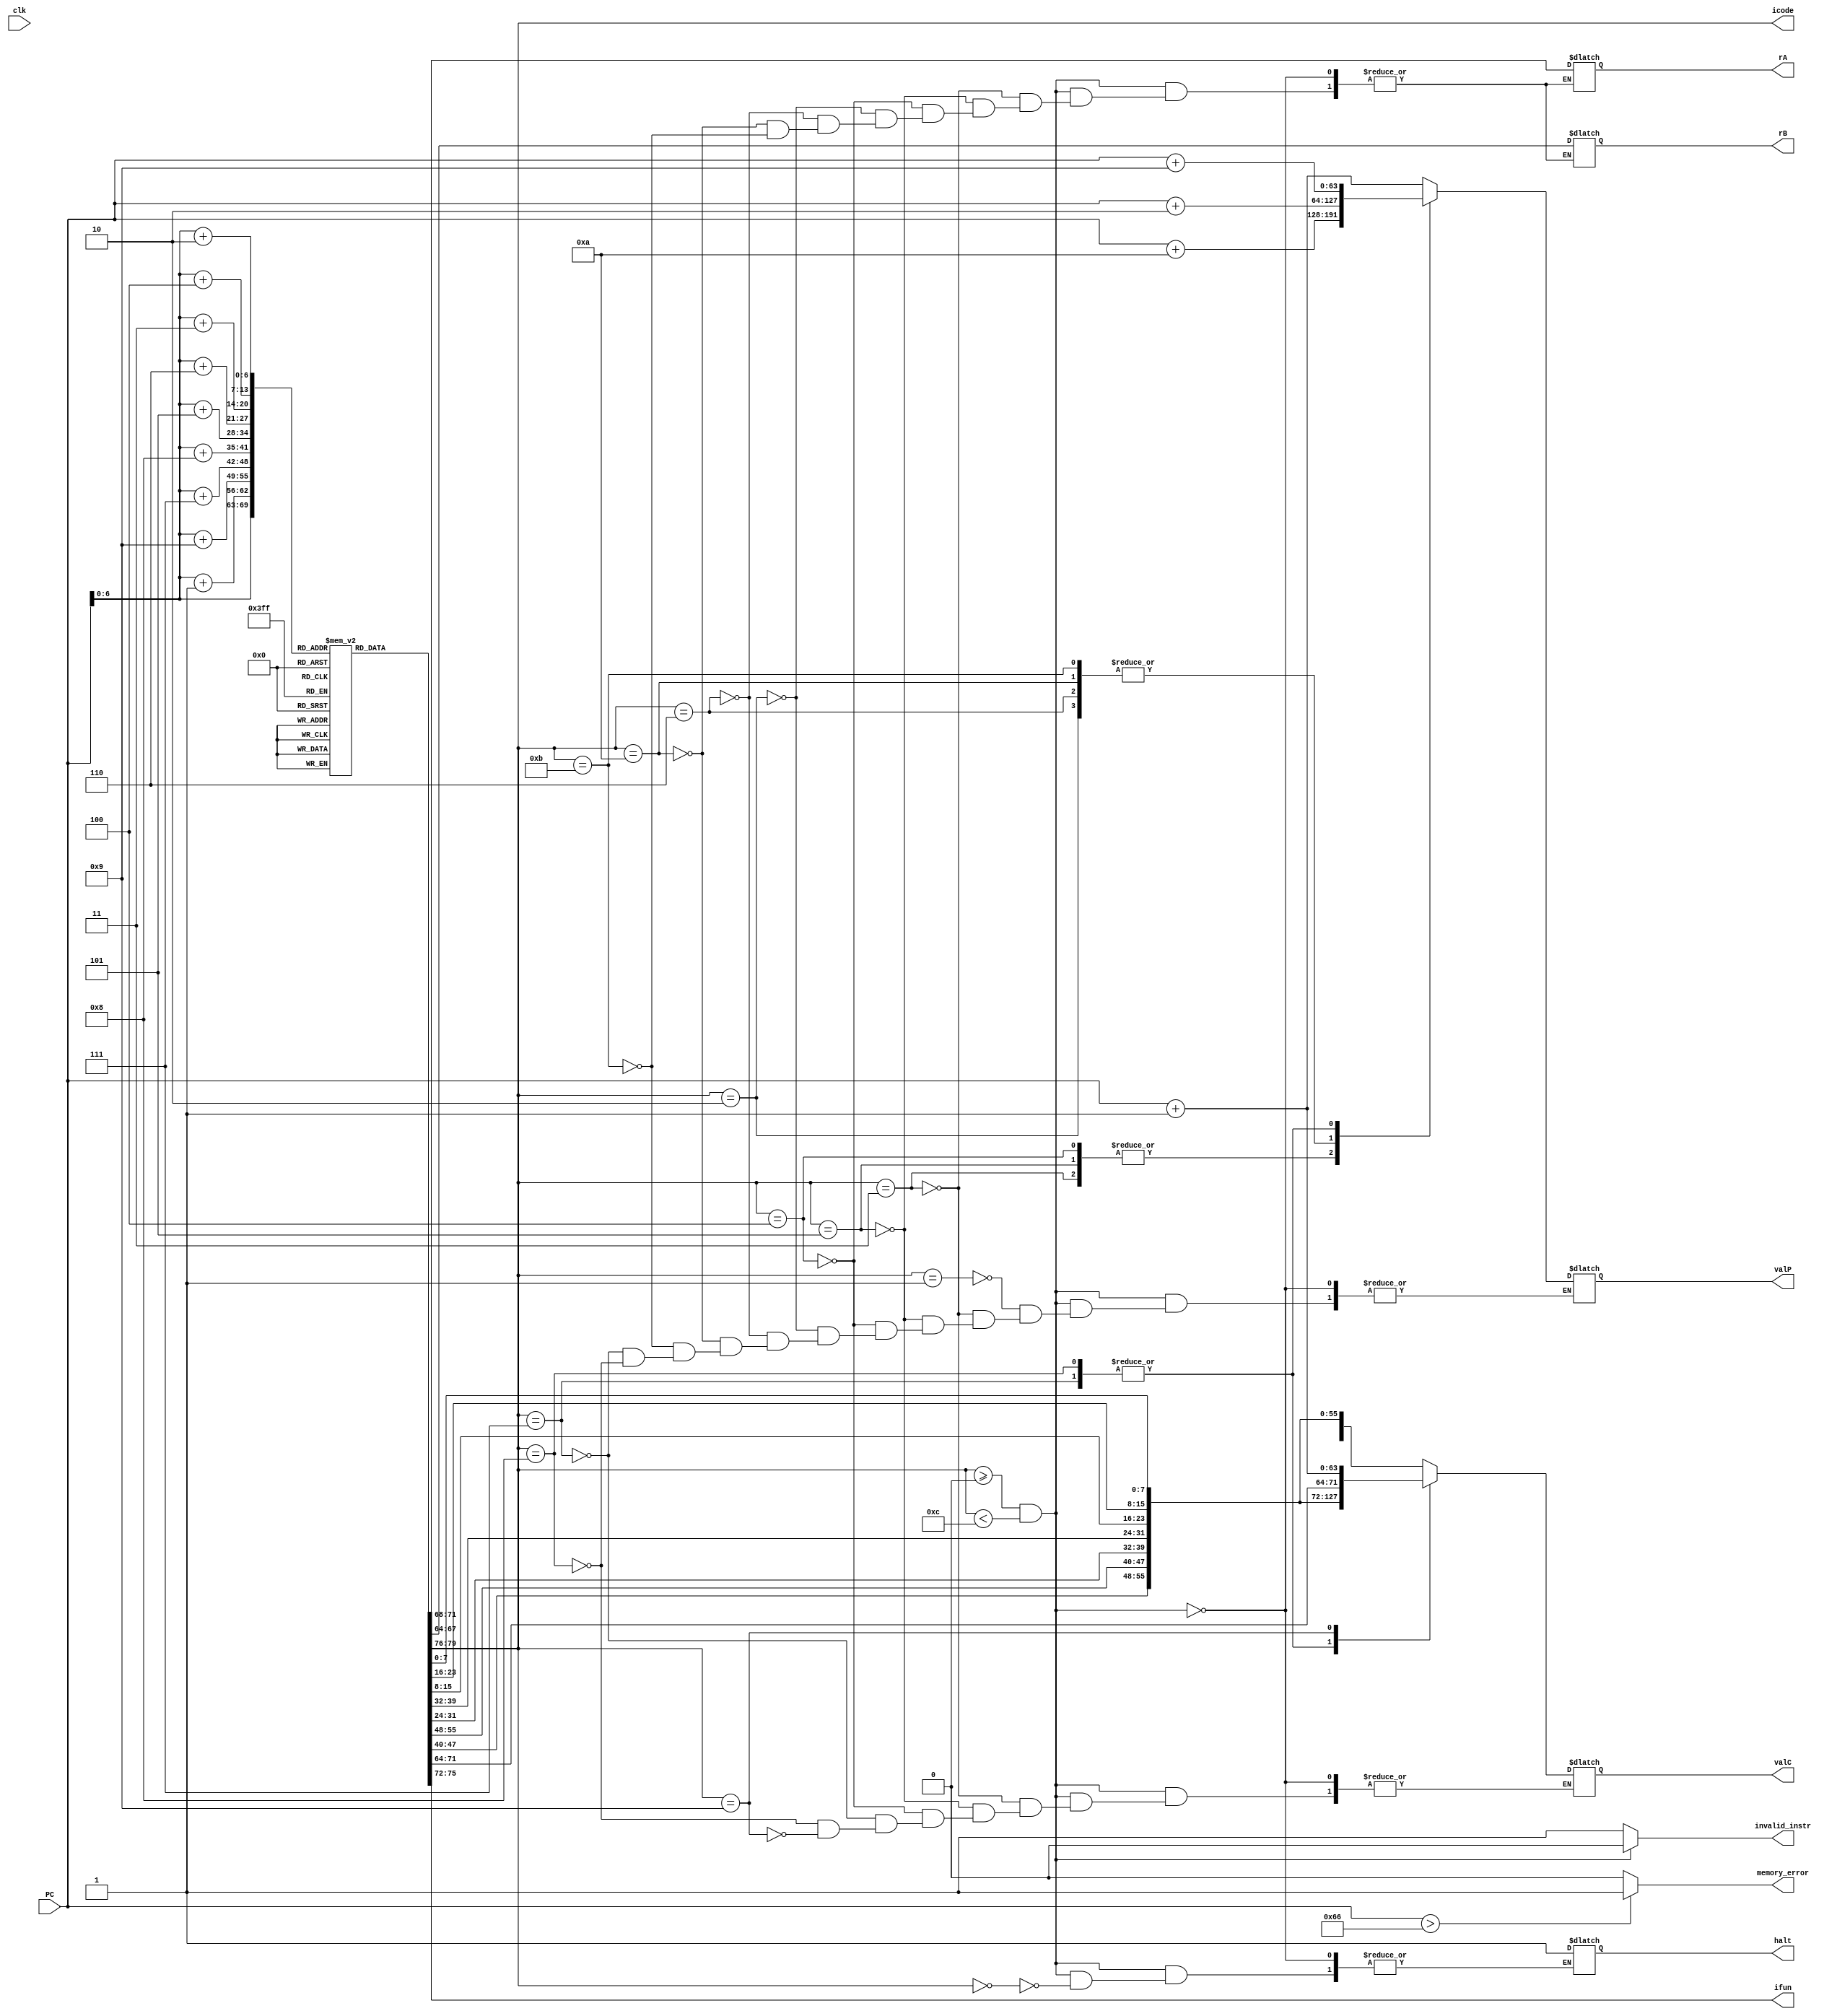
module fetch(clk, PC, icode, ifun, rA, rB, valC, valP,
             memory_error, halt, invalid_instr);

            input clk;
            input [63:0]PC ;
            reg [0:7] temp;

            output reg [3:0] icode, ifun, rA,rB;
            output reg [63:0] valC,valP;
            output reg halt,invalid_instr,memory_error;

            reg [7:0] inst_memo[0:127];


initial begin
    halt = 0;
    inst_memo[0]  = 8'b00010000; // nop instruction PC = PC +1 = 1
    inst_memo[1]  = 8'b01100000; // Opq add
    inst_memo[2]  = 8'b00100001; // rA = 0, rB = 1; PC = PC + 2 = 3

    inst_memo[3]  = 8'b00110000; // irmovq instruction PC = PC + 10 = 13
    inst_memo[4]  = 8'b11110010; // F, rB = 2;
    inst_memo[5]  = 8'b00000101; // 1st byte of V = 5, rest all bytes will be zero
    inst_memo[6]  = 8'b00000000; // 2nd byte
    inst_memo[7]  = 8'b00000000; // 3rd byte
    inst_memo[8]  = 8'b00000000; // 4th byte
    inst_memo[9]  = 8'b00000000; // 5th byte
    inst_memo[10] = 8'b00000000; // 6th byte
    inst_memo[11] = 8'b00000000; // 7th byte
    inst_memo[12] = 8'b00000000; // 8th byte (This completes irmovq)

    inst_memo[13] = 8'b00110000; // mrmovq instruction PC = PC + 10 = 23
    inst_memo[14] = 8'b11110011; // F, rB = 3;
    inst_memo[15] = 8'b00000101; // 1st byte of V = 5, rest all bytes will be zero
    inst_memo[16] = 8'b00000000; // 2nd byte
    inst_memo[17] = 8'b00000000; // 3rd byte
    inst_memo[18] = 8'b00000000; // 4th byte
    inst_memo[19] = 8'b00000000; // 5th byte
    inst_memo[20] = 8'b00000000; // 6th byte
    inst_memo[21] = 8'b00000000; // 7th byte
    inst_memo[22] = 8'b00000000; // 8th byte (This completes irmovq)

    inst_memo[23] = 8'b00110000; // irmovq instruction PC = PC + 10 = 33
    inst_memo[24] = 8'b11111100; // F, rB = 12;
    inst_memo[25] = 8'b00000101; // 1st byte of V = 5, rest all bytes will be zero
    inst_memo[26] = 8'b00000000; // 2nd byte
    inst_memo[27] = 8'b00000000; // 3rd byte
    inst_memo[28] = 8'b00000000; // 4th byte
    inst_memo[29] = 8'b00000000; // 5th byte
    inst_memo[30] = 8'b00000000; // 6th byte
    inst_memo[31] = 8'b00000000; // 7th byte
    inst_memo[32] = 8'b00000000; // 8th byte (This completes irmovq)

    inst_memo[33] = 8'b01100000; // Opq add // PC = PC + 2 = 37
    inst_memo[34] = 8'b00111100; // rA = 3 and rB = 12, final value in rB(4) = 10;

  

    inst_memo[37] = 8'b00100000; // rrmovq // PC = PC + 2 = 35
    inst_memo[38] = 8'b11000110; // rA = 12; rB = 5; 

    inst_memo[35] = 8'b00100101; // cmovge // PC = PC + 2 = 39
    inst_memo[36] = 8'b01100011; // rA = 5; rB = 6;
    
  inst_memo[39] = 8'b01100001; // Opq subq // PC = PC + 2 = 41
    inst_memo[40] = 8'b11000110; // rA = 3, rB = 5; both are equal
   

    inst_memo[41] = 8'b01110011; //je // PC = PC + 9 = 50
    inst_memo[42] = 8'b00110101; // Dest = 53; 1st byte
    inst_memo[43] = 8'b00000000; // 2nd byte
    inst_memo[44] = 8'b00000000; // 3rd byte
    inst_memo[45] = 8'b00000000; // 4th byte
    inst_memo[46] = 8'b00000000; // 5th byte
    inst_memo[47] = 8'b00000000; // 6th byte
    inst_memo[48] = 8'b00000000; // 7th byte
    inst_memo[49] = 8'b00000000; // 8th byte

    inst_memo[50] = 8'b00010000; // nop 

    // inst_memo[51] = 8'b01100001; // Opq add
    // inst_memo[52] = 8'b00110101; // rA = 3; rB = 5;
    inst_memo[53] = 8'b00010000; // nop
    inst_memo[54] = 8'b10000000; //je // PC = PC + 9 = 50
    inst_memo[55] = 8'b01000101; // Dest = 53; 1st byte
    inst_memo[56] = 8'b00000000; // 2nd byte
    inst_memo[57] = 8'b00000000; // 3rd byte
    inst_memo[58] = 8'b00000000; // 4th byte
    inst_memo[59] = 8'b00000000; // 5th byte
    inst_memo[60] = 8'b00000000; // 6th byte
    inst_memo[61] = 8'b00000000; // 7th byte
    inst_memo[62] = 8'b00000000; 

    inst_memo[69] = 8'b00010000; 


     inst_memo[70] = 8'b00110000; // irmovq instruction PC = PC + 10 = 33
    inst_memo[71] = 8'b11111010; // F, rB = 10;
    inst_memo[72] = 8'b01100101; // 1st byte of V = 101, rest all bytes will be zero
    inst_memo[73] = 8'b00000000; // 2nd byte
    inst_memo[74] = 8'b00000000; // 3rd byte
    inst_memo[75] = 8'b00000000; // 4th byte
    inst_memo[76] = 8'b00000000; // 5th byte
    inst_memo[77] = 8'b00000000; // 6th byte
    inst_memo[78] = 8'b00000000; // 7th byte
    inst_memo[79] = 8'b00000000; 

    inst_memo[80] = 8'b01000000; // rmmovq instruction PC = PC + 10 = 33
    inst_memo[81] = 8'b10100111; // 10, rB = 7;
    inst_memo[82] = 8'b00000000; // 1st byte of V = 5, rest all bytes will be zero
    inst_memo[83] = 8'b00000000; // 2nd byte
    inst_memo[84] = 8'b00000000; // 3rd byte
    inst_memo[85] = 8'b00000000; // 4th byte
    inst_memo[86] = 8'b00000000; // 5th byte
    inst_memo[87] = 8'b00000000; // 6th byte
    inst_memo[88] = 8'b00000000; // 7th byte
    inst_memo[89] = 8'b00000000; 

 inst_memo[90] = 8'b00110000; // irmovq instruction PC = PC + 10 = 33
    inst_memo[91] = 8'b11110100; // F, rB = 10;
    inst_memo[92] = 8'b00000000; // 1st byte of V = 100, rest all bytes will be zero
    inst_memo[93] = 8'b00000000; // 2nd byte
    inst_memo[94] = 8'b00000000; // 3rd byte
    inst_memo[95] = 8'b00000000; // 4th byte
    inst_memo[96] = 8'b00000000; // 5th byte
    inst_memo[97] = 8'b00000000; // 6th byte
    inst_memo[98] = 8'b00000000; // 7th byte
    inst_memo[99] = 8'b00000000; 


    inst_memo[100] = 8'b10010000; //ret

    




    inst_memo[101] = 8'b00010000; // nop
    inst_memo[102] = 8'b00000000; // halt
end

            



            always @(*) begin
                memory_error = 0;
                if(PC >102)
                begin
                    memory_error = 1;
                end

                icode = inst_memo[PC][7:4];
                ifun = inst_memo[PC][3:0];

                if(icode >= 4'b0000 && icode <4'b1100)
                begin

                    invalid_instr = 0;

                    case (icode)

                    4'b0000: //halt
                    begin
                        halt = 1;
                    end

                    4'b0001://nop
                    begin
                        valP = PC + 64'd1;
                    end

                    4'b0011://irmove
                    begin
                        temp = {inst_memo[PC+1]}; 
                        rA = temp[0:3];
                        rB = temp[4:7];
                        valC = { inst_memo[PC+9],
                        inst_memo[PC+8],inst_memo[PC+7],
                        inst_memo[PC+6],inst_memo[PC+5],
                        inst_memo[PC+4],inst_memo[PC+3],
                        inst_memo[PC+2]
                        };
                         
                         valP = PC + 64'd10;
                    end

                    4'b0101://mrmove
                    begin
                           temp = {inst_memo[PC+1]};
                        rA = temp[0:3]; 
                        rB = temp[4:7];
                        valC = { inst_memo[PC+9],
                        inst_memo[PC+8],inst_memo[PC+7],
                        inst_memo[PC+6],inst_memo[PC+5],
                        inst_memo[PC+4],inst_memo[PC+3],
                        inst_memo[PC+2]
                        };
                         
                         valP = PC + 64'd10;
                    end

                    4'b0100://rmmove
                    begin
                          temp = {inst_memo[PC+1]}; 
                        rA = temp[0:3];
                        rB = temp[4:7];
                        valC = { inst_memo[PC+9],
                        inst_memo[PC+8],inst_memo[PC+7],
                        inst_memo[PC+6],inst_memo[PC+5],
                        inst_memo[PC+4],inst_memo[PC+3],
                        inst_memo[PC+2]
                        };
                         
                         valP = PC + 64'd10;
                    end
                    
                    4'b0010://cmove
                    begin
                          temp = {inst_memo[PC+1]}; 
                        rA = temp[0:3];
                        rB = temp[4:7];

                         valP = PC + 64'd2;
                    end

                     4'b0110://opq
                    begin
                          temp = {inst_memo[PC+1]}; 
                        rA = temp[0:3];
                        rB = temp[4:7];

                         valP = PC + 64'd2;
                    end

                     4'b1010://push
                    begin
                          temp = {inst_memo[PC+1]}; 
                        rA = temp[0:3];
                        rB = temp[4:7];

                         valP = PC + 64'd2;
                    end 4'b1011://pop
                    begin
                           temp = {inst_memo[PC+1]}; 
                        rA = temp[0:3];
                        rB = temp[4:7];

                         valP = PC + 64'd2;
                    end

                     4'b0111://jxx
                    begin
                        valC = { inst_memo[PC+8],
                        inst_memo[PC+7],inst_memo[PC+6],
                        inst_memo[PC+5],inst_memo[PC+4],
                        inst_memo[PC+3],inst_memo[PC+2],
                        inst_memo[PC+1]
                        };
                         
                         valP = PC + 64'd9;
                    end
                     4'b1000://call
                    begin
                        valC = { inst_memo[PC+8],
                        inst_memo[PC+7],inst_memo[PC+6],
                        inst_memo[PC+5],inst_memo[PC+4],
                        inst_memo[PC+3],inst_memo[PC+2],
                        inst_memo[PC+1]
                        };
                         
                         valP = PC + 64'd9;
                    end
                     4'b1001://ret
                    begin
                        valC = PC + 64'd1;                         
                    end
                    
                    endcase
                end
                else 
                begin
                    invalid_instr = 1;
                end
            end 
endmodule